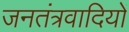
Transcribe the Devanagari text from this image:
जनतंत्रवादियों